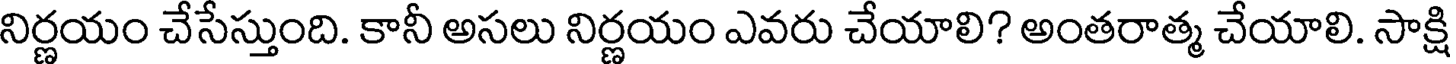
నిర్ణయం చేసేస్తుంది. కానీ అసలు నిర్ణయం ఎవరు చేయాలి? అంతరాత్మ చేయాలి. సాక్షి